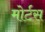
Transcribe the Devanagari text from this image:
मोर्टस